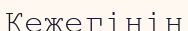
Кежегінің